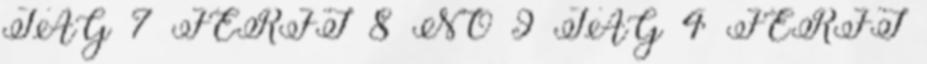
TAG 7 FÉRFI 8 NŐ 9 TAG 4 FÉRFI